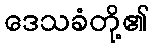
ဒေသခံတို့၏